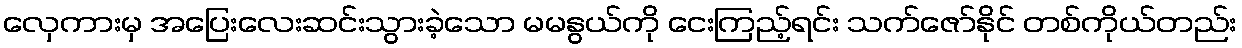
လှေကားမှ အပြေးလေးဆင်းသွားခဲ့သော မမနွယ်ကို ငေးကြည့်ရင်း သက်ဇော်နိုင် တစ်ကိုယ်တည်း